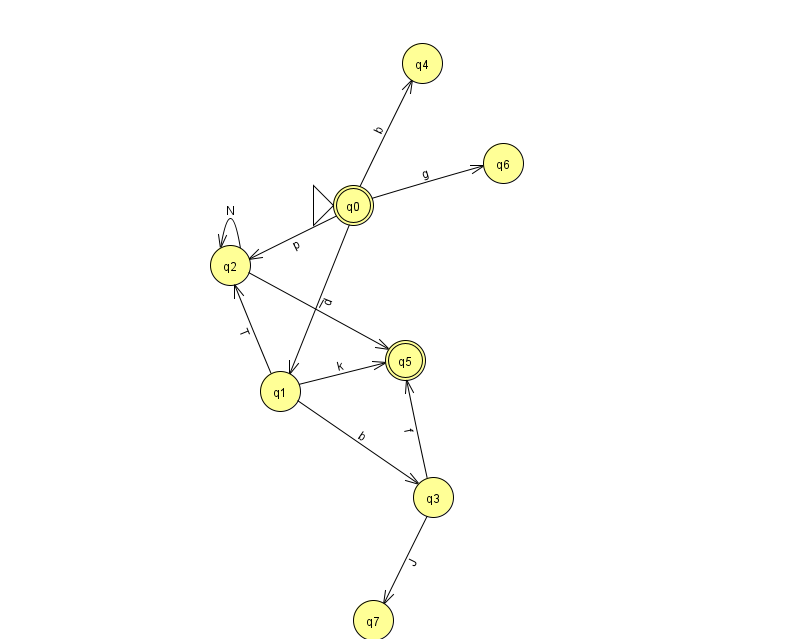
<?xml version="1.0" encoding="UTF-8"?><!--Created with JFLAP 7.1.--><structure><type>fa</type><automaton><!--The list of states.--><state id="0" name="q0"><x>353.0</x><y>192.0</y><initial/><final/></state><state id="1" name="q1"><x>280.0</x><y>378.0</y></state><state id="2" name="q2"><x>230.0</x><y>252.0</y></state><state id="3" name="q3"><x>433.0</x><y>484.0</y></state><state id="4" name="q4"><x>422.0</x><y>50.0</y></state><state id="5" name="q5"><x>405.0</x><y>347.0</y><final/></state><state id="6" name="q6"><x>503.0</x><y>150.0</y></state><state id="7" name="q7"><x>373.0</x><y>607.0</y></state><!--The list of transitions.--><transition><from>0</from><to>4</to><read>b</read></transition><transition><from>0</from><to>6</to><read>g</read></transition><transition><from>1</from><to>3</to><read>b</read></transition><transition><from>2</from><to>5</to><read>l</read></transition><transition><from>0</from><to>2</to><read>p</read></transition><transition><from>3</from><to>7</to><read>J</read></transition><transition><from>1</from><to>5</to><read>k</read></transition><transition><from>1</from><to>2</to><read>T</read></transition><transition><from>0</from><to>1</to><read>d</read></transition><transition><from>3</from><to>5</to><read>f</read></transition><transition><from>2</from><to>2</to><read>N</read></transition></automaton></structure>